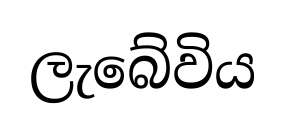
ලැබේවිය